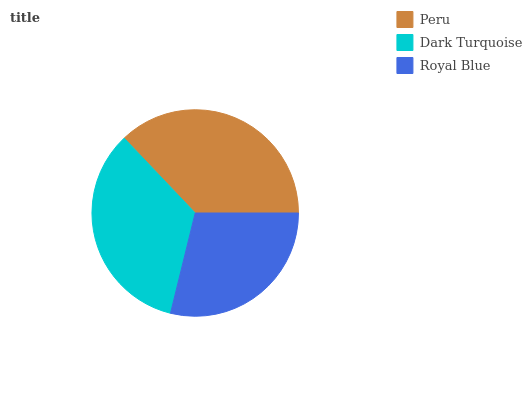
| Peru | Dark Turquoise | Royal Blue |
 | --- | --- | --- |
 | 37.1% | 34.1% | 28.8% |